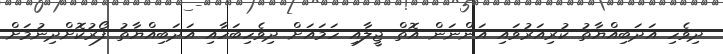
ދިވެހި އަދަބިއްޔާތު ކުރިއަރުވައި އަންނަން އޮތް ޖީލާއި ހަމައަށް ދިވެހިބަހާއި އަދަބިއްޔާތު ފޯރުކޮށްދިނުމަށް